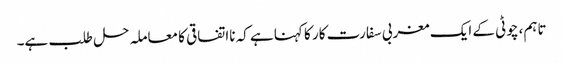
تاہم، چوٹی کے ایک مغربی سفارت کار کا کہنا ہے کہ نااتفاقی کا معاملہ حل طلب ہے۔